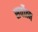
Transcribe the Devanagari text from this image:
सर्वोत्‍म